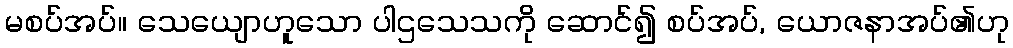
မစပ်အပ်။ သေယျောဟူသော ပါဌသေသကို ဆောင်၍ စပ်အပ်, ယောဇနာအပ်၏ဟု